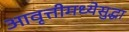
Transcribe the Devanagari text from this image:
आवृत्तीमध्येसुद्धा